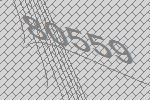
80559